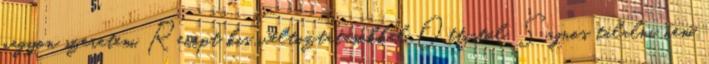
nagyon szeretem. Recept kis változtatásokkal Ottistól. Sajnos tálalni nem